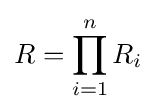
R=\prod _{i=1}^{n}R_{i}